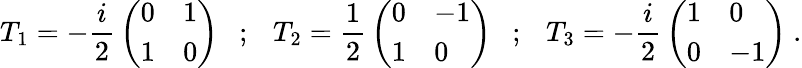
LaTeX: T_{1}=-{\frac{i}{2}}\left(\begin{array}{ll}{{0}}&{{1}}\\ {{1}}&{{0}}\end{array}\right)~~~;~~~T_{2}={\frac{1}{2}}\left(\begin{array}{ll}{{0}}&{{-1}}\\ {{1}}&{{0}}\end{array}\right)~~~;~~~T_{3}=-{\frac{i}{2}}\left(\begin{array}{ll}{{1}}&{{0}}\\ {{0}}&{{-1}}\end{array}\right)\ .